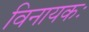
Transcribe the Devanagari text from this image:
विनायकः